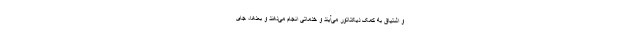
و اشتیاق به کمک دیکتاتور می‌آیند و خدماتی انجام می‌دهند و بعدها، جای